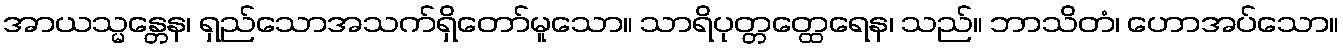
အာယသ္မန္တေန၊ ရှည်သောအသက်ရှိတော်မူသော။ သာရိပုတ္တတ္ထေရေန၊ သည်။ ဘာသိတံ၊ ဟောအပ်သော။